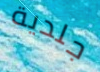
جلدية